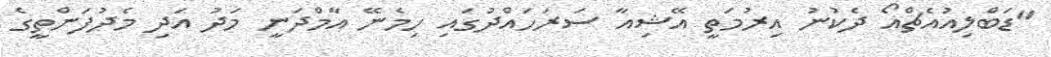
"ޑަބްލިއުއެޗްއޯ ދެކުނު އިރުމަތީ އޭޝިއާ ސަރަހައްދުގައި ހިމެނޭ އާމްދަނީ މަދު އަދި މެދުފަންތީގެ